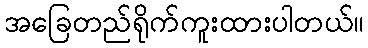
အခြေတည်ရိုက်ကူးထားပါတယ်။